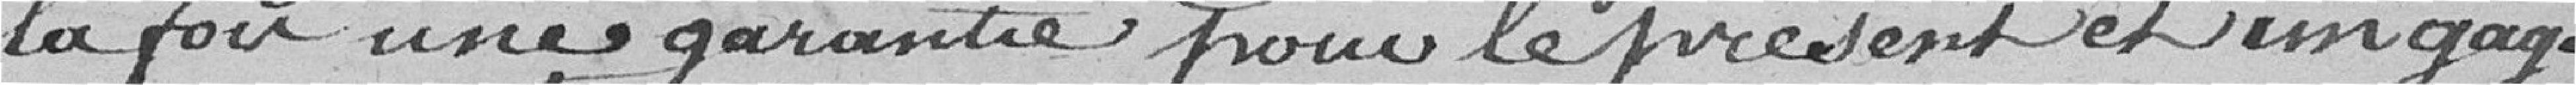
la fois une garantie pour le présent et un gage